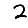
Digit: 2